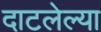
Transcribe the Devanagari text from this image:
दाटलेल्या